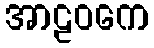
အာဠဝကေ